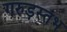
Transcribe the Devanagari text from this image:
गरुड़स्तंभ